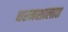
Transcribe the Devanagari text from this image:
धरमशालात